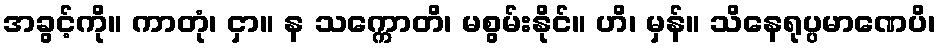
အခွင့်ကို။ ကာတုံ၊ ငှာ။ န သက္ကောတိ၊ မစွမ်းနိုင်။ ဟိ၊ မှန်။ သိနေရုပ္ပမာဏေပိ၊